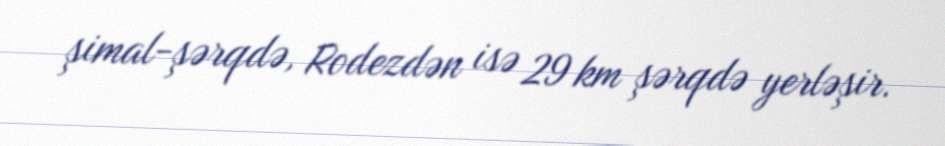
şimal-şərqdə, Rodezdən isə 29 km şərqdə yerləşir.